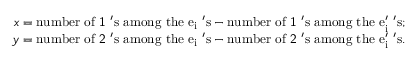
\begin{array} { r } { x = \mathrm { n u m b e r ~ o f ~ \mathsf { 1 } ~ ' s ~ a m o n g ~ t h e ~ e _ { i } ~ ' s } - \mathrm { n u m b e r ~ o f ~ \mathsf { 1 } ~ ' s ~ a m o n g ~ t h e ~ e _ { i } ' ~ ' s } ; } \\ { y = \mathrm { n u m b e r ~ o f ~ \mathsf { 2 } ~ ' s ~ a m o n g ~ t h e ~ e _ { i } ~ ' s } - \mathrm { n u m b e r ~ o f ~ \mathsf { 2 } ~ ' s ~ a m o n g ~ t h e ~ e _ { i } ' ~ ' s . } } \end{array}